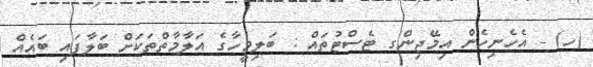
(ހ) - އެހެނިހެން އިމޭޖިންގ ޓެސްޓުތައް : ބަލިމީހާގެ އަލާމާތްތަކަށް ބަލާފައި ބައެއް